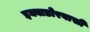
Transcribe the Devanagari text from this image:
इक्वाडोरवासी